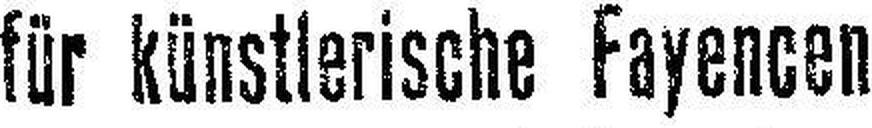
für künstlerische Fayencen